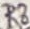
Text: R8